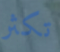
تكثر